Vaccination North-Western Provinces 1866-1877 - 1866-1877
Year: 1866
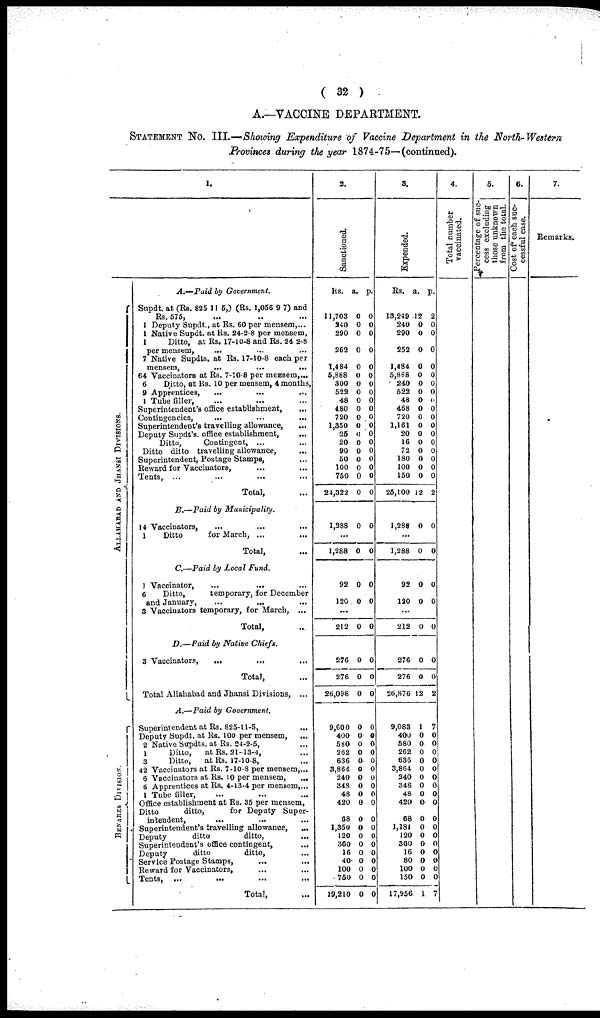
( 32 )
A.—VACCINE DEPARTMENT.
STATEMENT No. III.—Showing Expenditure of Vaccine Department in the North-Western
Provinces during the year 1874-75—(continued).
AL L AHAB AD AND J
HANSI DIVISIONS.
BENARES DIVISION
1.
A.—Paid
by Government.
Supdt. at (Rs. 825 11 5,) (Rs. 1,056 9 7) and
Rs. 575, ... ... ...
1 Deputy Supdt., at Rs. 60 per mensem, ...
1 Native Supdt. at Rs. 24-2-8 per mensem,
1
Ditto, at Rs. 17-10-8 and Rs. 24 2-8
per mensem, ... ... ...
7 Native Supdts. at Rs. 17-10-8 each per
mensem,
...
...
...
64 Vaccinators at Rs. 7-10-8 per mensem, ...
6
Ditto, at Rs. 10 per mensem, 4 months,
9 Apprentices, ... ... ...
1 Tube filler, ... ... ...
Superintendent's office establishment, ...
Contingencies,
...
...
...
Superintendent's travelling allowance,
Deputy Supdt's. office establishment,
...
Ditto,
Contingent, ... ...
Ditto ditto travelling allowance, ...
Superintendent, Postage Stamps, ...
Reward for Vaccinators,... ...
Tents, ... ... ... ...
Total, ...
B.—Paid by
Municipality.
14 Vaccinators,
...
...
...
1
Ditto
for March, ...
...
Total, ...
C.—Paid by Local
Fund.
1 Vaccinator,
6
Ditto,
temporary, for December
and January,
...
... ...
3 Vaccinators temporary, for March, ...
Total, ...
D.— Paid by Native
Chiefs.
3 Vaccinators,
...
... ...
Total, ...
Total Allahabad and Jhansi Divisions, ...
A.—Paid by
Government.
Superintendent at Rs. 825-11-5,
Deputy Supdt. at Rs. 100 per mensem,
...
2 Native Supdts. at Rs. 24-2-5, ...
1
Ditto,
at Rs. 21-13-4, ...
3
Ditto,
at Rs. 17-10-8, ...
42 Vaccinators at Rs. 7-10-8 per mensem, ...
6 Vaccinators at Rs. 10 per mensem,
...
6 Apprentices at Rs. 4-13-4 per mensem, ...
1 Tube filler, ... ... ...
Office establishment at Rs. 35 per mensem,
Ditto
ditto,
for Deputy Super-
intendent,
... ... ...
Superintendent's travelling allowance,
...
Deputy
ditto
ditto,
...
Superintendent's office contingent, ...
Deputy
ditto
ditto,
Service Postage Stamps, ... ...
Reward for Vaccinators, ... ...
Tents,
... ... ... ...
Total, ...
2.
Sanctioned.
Rs.
11,703
240
290
262
1,484
5,888
300
522
48
480
720
1,350
25
20
90
60
100
750
24,322
1,388
a.
0
0
0
0
0
0
0
0
0
0
0
0
0
0
0
0
0
0
0
0
p.
0
0
0
0
0
0
0
0
0
0
0
0
0
0
0
0
0
0
0
0
...
1,288
92
120
0
0
0
0
0
0
...
212
276
276
26,098
9,600
400
580
262
636
3,864
240
348
48
420
68
1,350
120
360
16
40
100
750
19,210
0
0
0
0
0
0
0
0
0
0
0
0
0
0
0
0
0
0
0
0
0
0
0
0
0
0
0
0
0
0
0
0
0
0
0
0
0
0
0
0
0
0
0
0
0
0
3.
Expended.
Rs.
13,249
240
290
252
1,484
5,888
240
522
48
468
720
1,161
20
16
72
180
100
150
25,100
1,288
a.
12
0
0
0
0
0
0
0
0
0
0
0
0
0
0
0
0
0
12
0
p.
2
0
0
0
0
0
0
0
0
0
0
0
0
0
0
0
0
0
2
0
...
1,288
92
120
0
0
0
0
0
0
...
212
276
276
26,876
9,083
400
580
262
636
3,864
240
348
48
420
68
1,181
120
360
16
80
100
150
17,956
0
0
0
12
1
0
0
0
0
0
0
0
0
0
0
0
0
0
0
0
0
0
1
0
0
0
2
7
0
0
0
0
0
0
0
0
0
0
0
0
0
0
0
0
0
7
4.
Total number
vaccinated.
5.
Percentage of suc-
cess excluding
those unknown
from the total.
6.
Cost of each suc-
cessful case.
7.
Remarks.